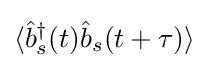
\langle {\hat {b}}_{s}^{\dagger }(t){\hat {b}}_{s}(t+\tau )\rangle